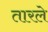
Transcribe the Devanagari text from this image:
तारले